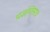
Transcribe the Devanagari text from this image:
प्रज्ञप्तिमात्र